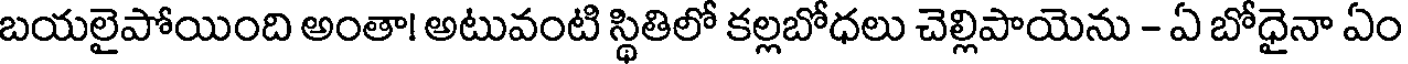
బయలైపోయింది అంతా! అటువంటి స్థితిలో కల్లబోధలు చెల్లిపాయెను - ఏ బోధైనా ఏం